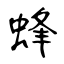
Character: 蜂